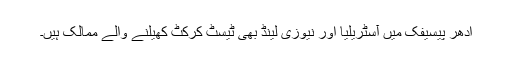
اُدھر پیسیفک میں آسٹریلیا اور نیوزی لینڈ بھی ٹیسٹ کرکٹ کھیلنے والے ممالک ہیں۔